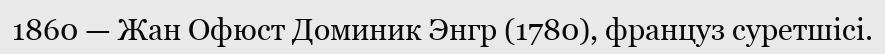
1860 — Жан Офюст Доминик Энгр (1780), француз суретшісі.